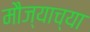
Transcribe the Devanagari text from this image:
मौज्याच्या